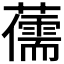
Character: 𮒯